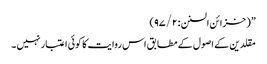
” ( خزائن السنن : ۹۷/۲)
مقلدین کے اصول کے مطابق اس روایت کا کوئی اعتبار نہیں ۔